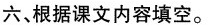
六、根据课文内容填空。